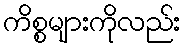
ကိစ္စများကိုလည်း